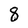
Character: 8